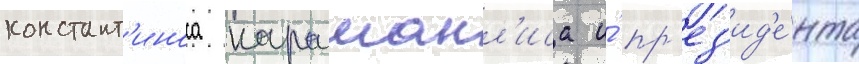
констант'иноса караманл'иса и́ пр'ез'ид'е́нта